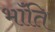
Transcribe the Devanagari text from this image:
भॉंति